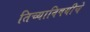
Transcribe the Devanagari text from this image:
तिच्याविषयीचे